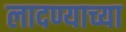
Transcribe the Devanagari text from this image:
लादण्याच्या